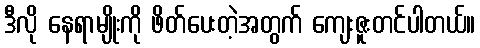
ဒီလို နေရာမျိုးကို ဖိတ်ပေးတဲ့အတွက် ကျေးဇူးတင်ပါတယ်။